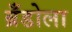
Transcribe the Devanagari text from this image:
ब्रँडोला